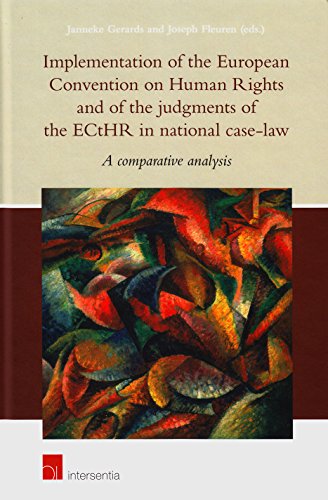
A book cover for Implementation of the European Convention on Human Rights and of the judgments of the ECtHR in national case-law: A comparative analysis; Law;